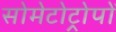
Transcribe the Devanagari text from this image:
सोमेटोट्रोपों